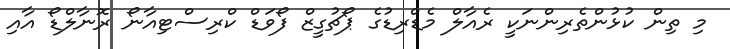
މި ތިން ކުޅުންތެރިންނަކީ ރެއާލް މެޑްރިޑުގެ ޕޯޗުގީޒް ފޯވަޑް ކްރިސްޓިއާނޯ ރޮނާލްޑޯ އާއި